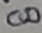
Text: 8